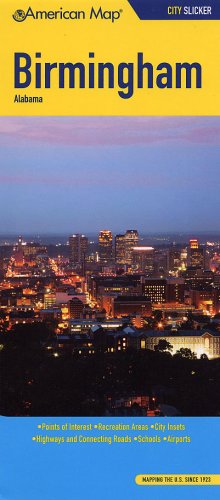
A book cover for American Map Birmingham, Al Slicker; Travel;